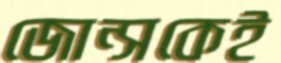
জোন্সকেই